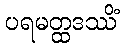
ပရမတ္ထဒဿိံ